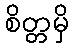
စိတ္တမှိ